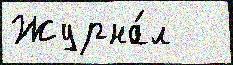
Журна́л